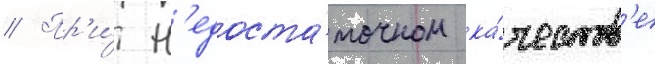
// Пр'и́ н'едоста́точном ка́честв'е